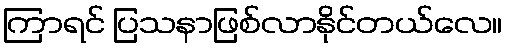
ကြာရင် ပြသနာဖြစ်လာနိုင်တယ်လေ။